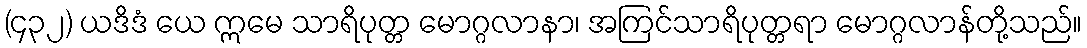
(၄၃၂) ယဒိဒံ ယေ ဣမေ သာရိပုတ္တ မောဂ္ဂလာနာ၊ အကြင်သာရိပုတ္တရာ မောဂ္ဂလာန်တို့သည်။